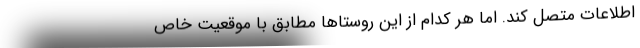
اطلاعات متصل کند. اما هر کدام از این روستاها مطابق با موقعیت خاص